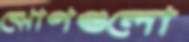
ঝোপগুলো